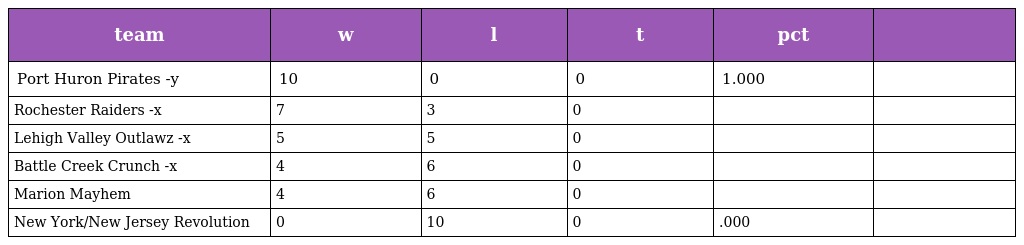
| team | w | l | t | pct |  |
 | --- | --- | --- | --- | --- | --- |
 | Port Huron Pirates -y | 10 | 0 | 0 | 1.000 |  |
 | Rochester Raiders -x | 7 | 3 | 0 |  |  |
 | Lehigh Valley Outlawz -x | 5 | 5 | 0 |  |  |
 | Battle Creek Crunch -x | 4 | 6 | 0 |  |  |
 | Marion Mayhem | 4 | 6 | 0 |  |  |
 | New York/New Jersey Revolution | 0 | 10 | 0 | .000 |  |